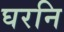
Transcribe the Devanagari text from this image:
घरनि